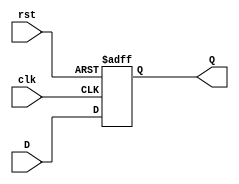
module StageRegister (
    input wire clk,      // Clock input
    input wire rst,      // Asynchronous reset
    input wire [N-1:0] D, // Data input (N bits)
    output reg [N-1:0] Q  // Data output (N bits)
);
    parameter N = 8; // Parameter to define the width of the register

    // Always block triggered on the rising edge of the clock or reset
    always @(posedge clk or posedge rst) begin
        if (rst) begin
            Q <= {N{1'b0}}; // Reset output to 0
        end else begin
            Q <= D; // Capture input data on clock edge
        end
    end
endmodule